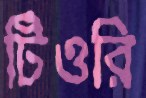
টিওরি